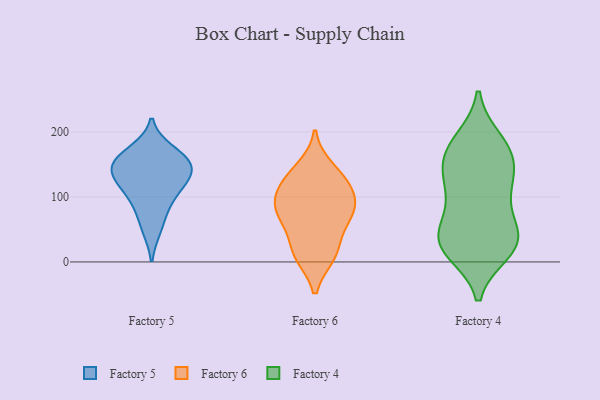
{"axis": {"x": "Website Visitors", "y": "Value"}, "legend": ["Factory 4", "Factory 5", "Factory 6"], "data": [{"x": "", "y": 120, "type": "Factory 5"}, {"x": "", "y": 155, "type": "Factory 5"}, {"x": "", "y": 147, "type": "Factory 5"}, {"x": "", "y": 83, "type": "Factory 5"}, {"x": "", "y": 51, "type": "Factory 5"}, {"x": "", "y": 140, "type": "Factory 5"}, {"x": "", "y": 129, "type": "Factory 5"}, {"x": "", "y": 105, "type": "Factory 5"}, {"x": "", "y": 159, "type": "Factory 5"}, {"x": "", "y": 171, "type": "Factory 5"}, {"x": "", "y": 91, "type": "Factory 6"}, {"x": "", "y": 109, "type": "Factory 6"}, {"x": "", "y": 144, "type": "Factory 6"}, {"x": "", "y": 10, "type": "Factory 6"}, {"x": "", "y": 124, "type": "Factory 6"}, {"x": "", "y": 126, "type": "Factory 6"}, {"x": "", "y": 89, "type": "Factory 6"}, {"x": "", "y": 73, "type": "Factory 6"}, {"x": "", "y": 65, "type": "Factory 6"}, {"x": "", "y": 70, "type": "Factory 6"}, {"x": "", "y": 11, "type": "Factory 6"}, {"x": "", "y": 22, "type": "Factory 6"}, {"x": "", "y": 157, "type": "Factory 4"}, {"x": "", "y": 26, "type": "Factory 4"}, {"x": "", "y": 175, "type": "Factory 4"}, {"x": "", "y": 117, "type": "Factory 4"}, {"x": "", "y": 28, "type": "Factory 4"}, {"x": "", "y": 186, "type": "Factory 4"}, {"x": "", "y": 155, "type": "Factory 4"}, {"x": "", "y": 125, "type": "Factory 4"}, {"x": "", "y": 113, "type": "Factory 4"}, {"x": "", "y": 17, "type": "Factory 4"}, {"x": "", "y": 39, "type": "Factory 4"}, {"x": "", "y": 174, "type": "Factory 4"}, {"x": "", "y": 46, "type": "Factory 4"}, {"x": "", "y": 37, "type": "Factory 4"}, {"x": "", "y": 28, "type": "Factory 4"}, {"x": "", "y": 87, "type": "Factory 4"}]}